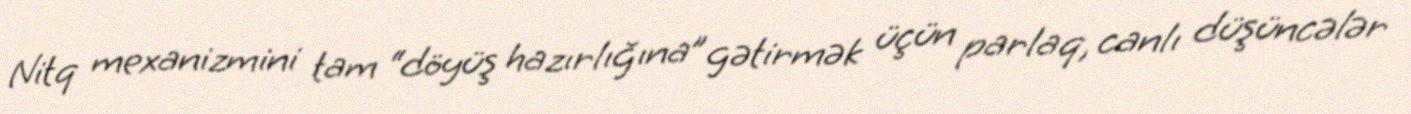
Nitq mexanizmini tam “döyüş hazırlığına” gətirmək üçün parlaq, canlı düşüncələr